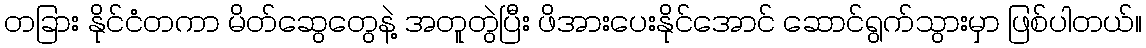
တခြား နိုင်ငံတကာ မိတ်ဆွေတွေနဲ့ အတူတွဲပြီး ဖိအားပေးနိုင်အောင် ဆောင်ရွက်သွားမှာ ဖြစ်ပါတယ်။